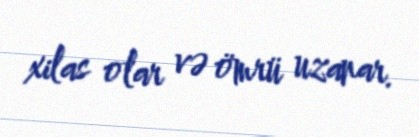
xilas olar və ömrü uzanar.